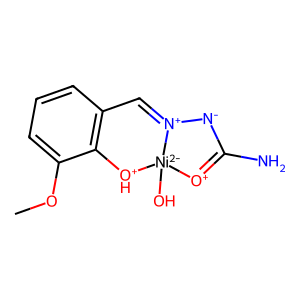
SMILES: COc1cccc2c1[OH+][Ni-2]1(O)[O+]=C(N)[N-][N+]1=C2
Inhibits HIV replication: No